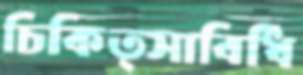
চিকিত্সাবিধি